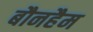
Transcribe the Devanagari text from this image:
बौनहैम